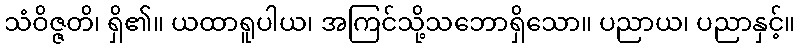
သံဝိဇ္ဇတိ၊ ရှိ၏။ ယထာရူပါယ၊ အကြင်သို့သဘောရှိသော။ ပညာယ၊ ပညာနှင့်။